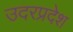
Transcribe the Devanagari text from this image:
उदरप्रदेश